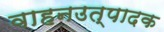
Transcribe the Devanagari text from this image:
वाहनउत्पादक